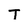
Character: T